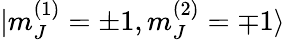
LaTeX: |m_{J}^{(1)}=\pm 1,m_{J}^{(2)}=\mp 1\rangle